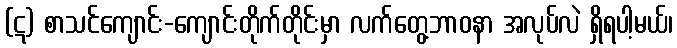
(ဋ) စာသင်ကျောင်း-ကျောင်းတိုက်တိုင်းမှာ လက်တွေ့ဘာဝနာ အလုပ်လဲ ရှိရပါ့မယ်၊